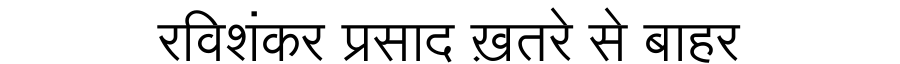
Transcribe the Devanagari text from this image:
रविशंकर प्रसाद ख़तरे से बाहर